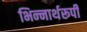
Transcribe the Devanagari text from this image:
भिन्‍नार्थरूपी